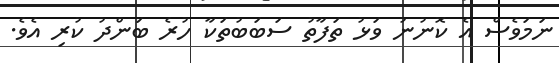
ނަމަވެސް އެ ކޮނުނު ވަޅު ތަފާތު ސަބަބުތަކާ ހުރެ ބަންދު ކުރި އެވެ.